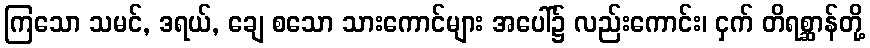
ကြသော သမင်, ဒရယ်, ချေ စသော သားကောင်များ အပေါ်၌ လည်းကောင်း၊ ငှက် တိရစ္ဆာန်တို့